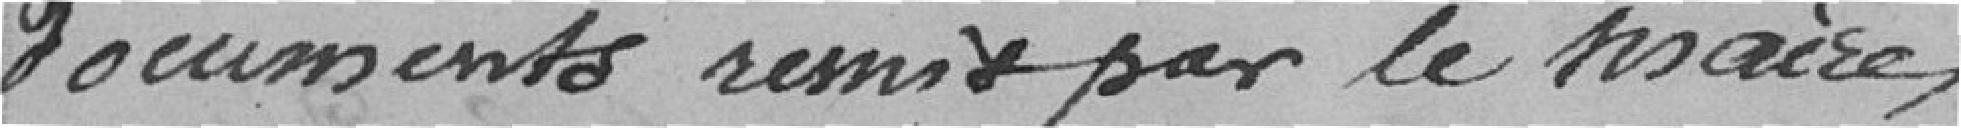
documents remis par le Maire